system: You are a helpful assistant.
user:
Analyze the provided spectrum to determine if it is a **White Dwarf (WD)**.

A White Dwarf spectrum is defined by its **extreme purity** (due to gravitational settling) and/or **extreme pressure broadening** (due to high surface gravity). You must check for one of the following mutually exclusive signatures:

- **Key Visual Indicators (Check for ONE of these types):**

    - **1. DA-Type Signature (Most Common):**
        - **(Primary Feature):** Extreme pressure broadening (Stark broadening) of the **Hydrogen (H) Balmer lines**.
        - **(Key Lines):** $H\beta$ (approx. $4861$ Å) and $H\gamma$ (approx. $4340$ Å). $H\alpha$ (approx. $6563$ Å) will also be present if the wavelength range covers it.
        - **(Line Profile):** This is the **defining feature**. The lines are **NOT** sharp. They appear as massive, **extremely broad and deep "troughs" or "dips"** in the spectrum, often hundreds of Ångströms wide. The continuum will appear to "scoop" down at these wavelengths.
        - **(Distinction):** Normal A-type or B-type stars have *narrow* and *sharp* Hydrogen lines. A DA White Dwarf's lines are unmistakably "smeared" or "blurry" from pressure.

    - **2. DB-Type Signature:**
        - **(Primary Feature):** Broad absorption lines from **Neutral Helium (He I)**. The spectrum must lack any visible Hydrogen lines.
        - **(Key Lines):** Look for broad absorption near $4471$ Å, $4921$ Å, and $5876$ Å.
        - **(Line Profile):** These lines are also significantly pressure-broadened, appearing much wider than they would in a normal B-type main-sequence star.

    - **3. DC-Type Signature:**
        - **(Primary Feature):** A **featureless continuous spectrum**.
        - **(Line Profile):** The spectrum is a smooth curve with **no significant absorption or emission lines**.
        - **(Key Confirmation):** The continuum is almost always **blue or white**, indicating a hot object. This signature implies the atmosphere is so pure (or so cool) that no spectral lines are visible in the optical range. Its WD identity is confirmed by its extremely low intrinsic brightness (high absolute magnitude).

    - **4. DZ-Type Signature (Metal-Polluted):**
        - **(Primary Feature):** **Isolated, narrow metal absorption lines** on an otherwise featureless (DC-like) continuum.
        - **(Key Lines):** The **Calcium (Ca II) H & K doublet** (approx. **$3934$ Å** and **$3968$ Å**) is the most common and defining feature.
        - **(Line Profile):** These lines are "out of place." They are *not* part of a "forest" of thousands of lines. This signature is evidence of recent *accretion* (pollution) from rocky debris.
        - **(Distinction):** Normal G/K/M stars have a *dense forest* of thousands of metal lines. A DZ has a *clean* continuum with *only a few* strong metal lines.

    - **5. DQ-Type Signature (Carbon-Polluted):**
        - **(Primary Feature):** Absorption bands from **Carbon (C₂ "Swan Bands" or atomic C I)**.
        - **(Key Lines - C₂):** Look for bandheads with a "saw-tooth" shape near $5635$ Å, **$5165$ Å** (strongest), and $4737$ Å.
        - **(Key Confirmation):** The underlying **continuum must be blue or white** (hot).
        - **(Distinction):** This is the critical difference from a **Carbon Star**, which has the *exact same* C₂ bands but on an extremely **red, cool** continuum.

- **(Overall Spectrum):**
    - The continuum (overall shape) is typically **blue-sloping** (brighter in the blue than the red), as most white dwarfs are very hot.
    - The spectrum will look "pure" or "simple," dominated by only *one* of the five signatures listed above.

Think first, call **spectral_visualization_tool** if needed to examine features in detail, then provide your final answer. Your response must adhere to the following strict rules:
1.  **Overall Structure:** Your response must follow the format `<think>...</think> <tool_call>...</tool_call> (if a tool is used) <answer>...</answer>`.
2.  **Tool Usage Constraint:** You may only make **one** tool call per turn.
3.  **Final Answer Format:** In the `<answer>` tag, your conclusion must be inside a `\boxed{}` command (e.g., `\boxed{YES}` or `\boxed{NO}`), followed by your justification.

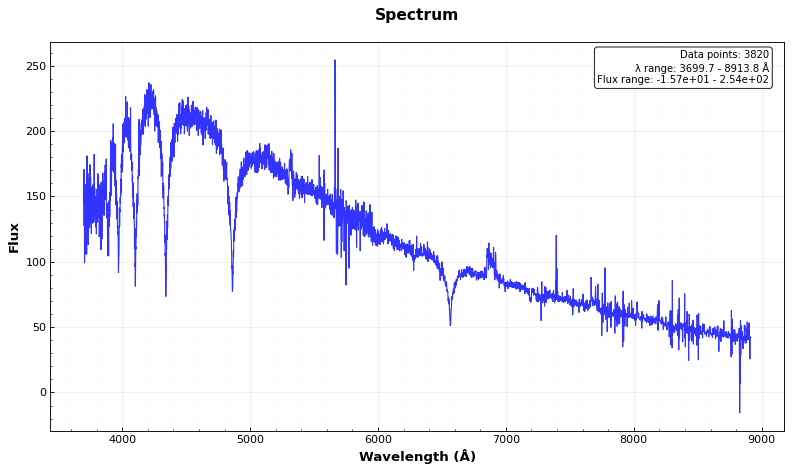
Answer: YES